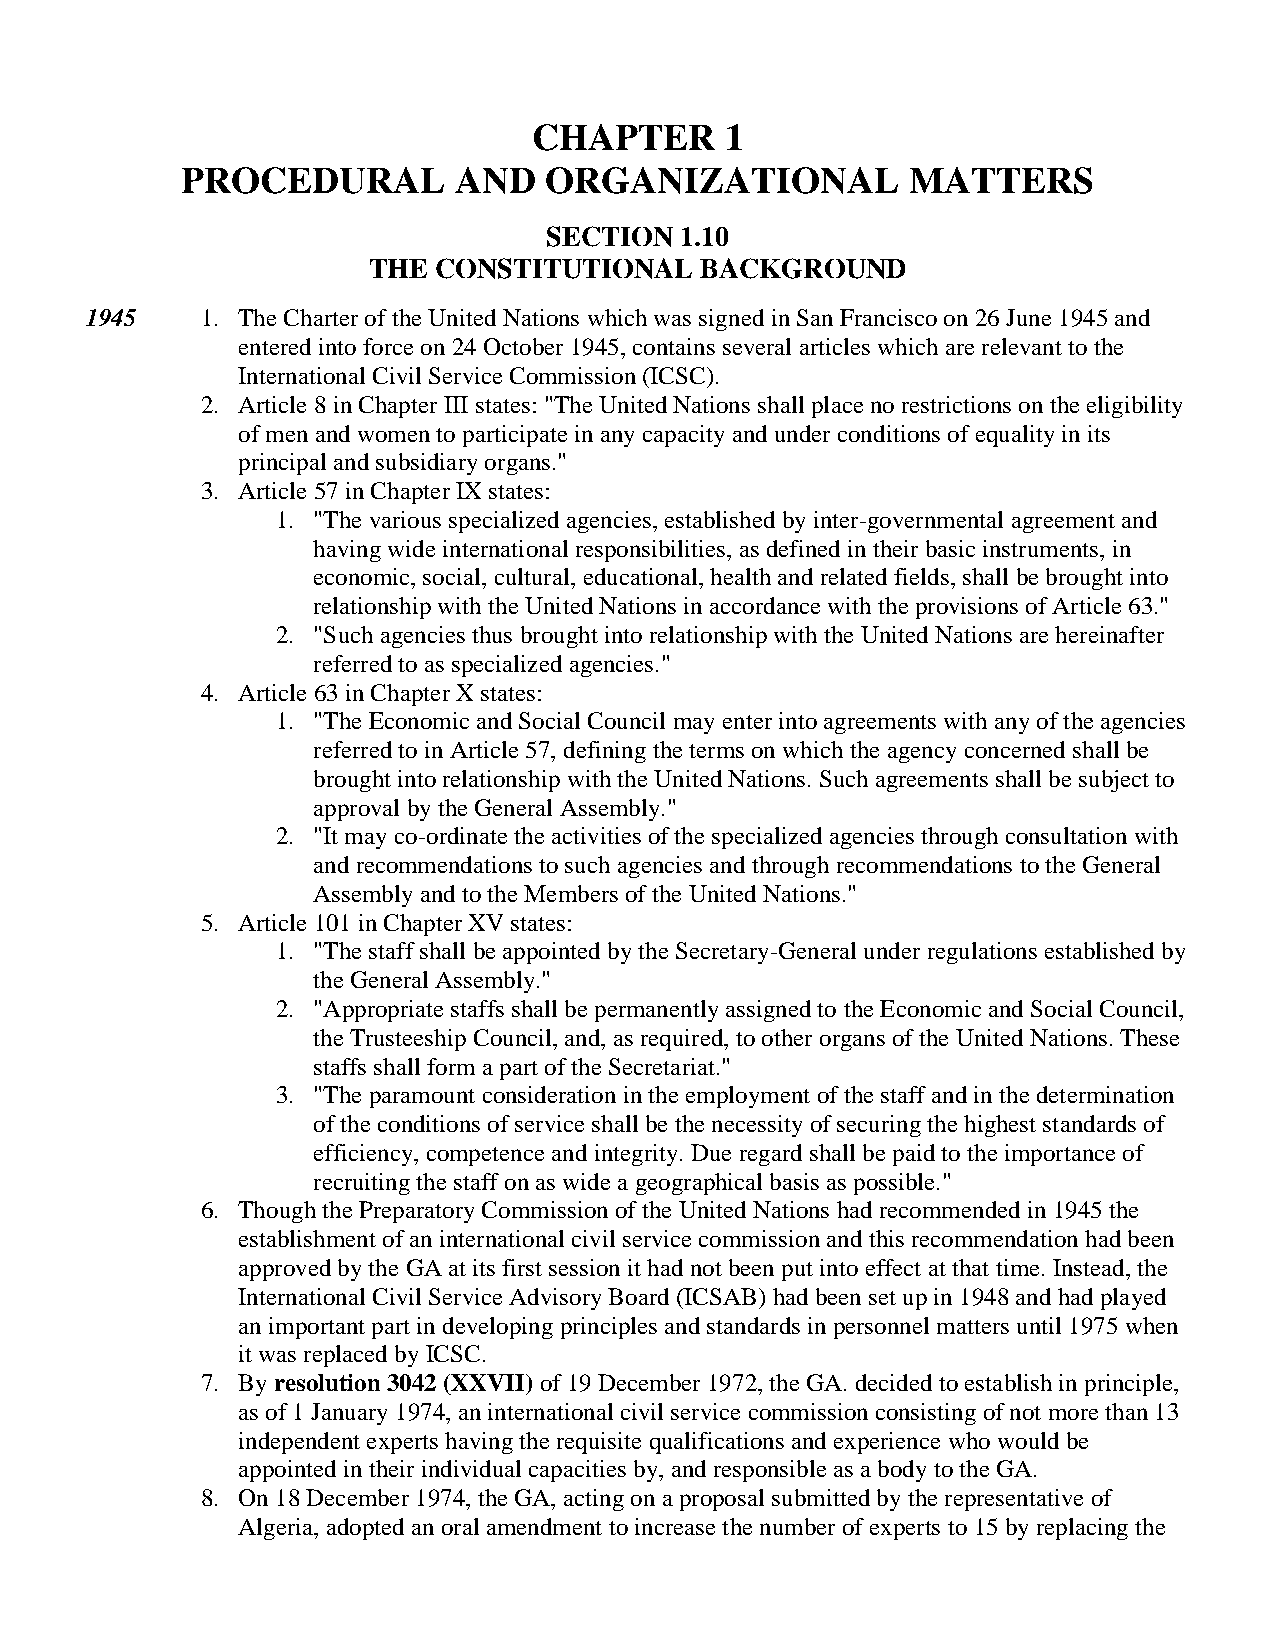
CHAPTER      1
 PROCEDURAL        AND   ORGANIZATIONAL          MATTERS
 SECTION  1.10
 THE  CONSTITUTIONAL   BACKGROUND
 1945   1. The Charter of the United Nations which was signed in San Francisco on 26 June 1945 and
 entered into force on 24 October 1945, contains several articles which are relevant to the
 International Civil Service Commission (ICSC).
 2. Article 8 in Chapter III states: "The United Nations shall place no restrictions on the eligibility
 of men and women to participate in any capacity and under conditions of equality in its
 principal and subsidiary organs."
 3. Article 57 in Chapter IX states:
 1. "The various specialized agencies, established by inter-governmental agreement and
 having wide international responsibilities, as defined in their basic instruments, in
 economic, social, cultural, educational, health and related fields, shall be brought into
 relationship with the United Nations in accordance with the provisions of Article 63."
 2. "Such agencies thus brought into relationship with the United Nations are hereinafter
 referred to as specialized agencies."
 4. Article 63 in Chapter X states:
 1. "The Economic and Social Council may enter into agreements with any of the agencies
 referred to in Article 57, defining the terms on which the agency concerned shall be
 brought into relationship with the United Nations. Such agreements shall be subject to
 approval by the General Assembly."
 2. "It may co-ordinate the activities of the specialized agencies through consultation with
 and recommendations to such agencies and through recommendations to the General
 Assembly and to the Members of the United Nations."
 5. Article 101 in Chapter XV states:
 1. "The staff shall be appointed by the Secretary-General under regulations established by
 the General Assembly."
 2. "Appropriate staffs shall be permanently assigned to the Economic and Social Council,
 the Trusteeship Council, and, as required, to other organs of the United Nations. These
 staffs shall form a part of the Secretariat."
 3. "The paramount consideration in the employment of the staff and in the determination
 of the conditions of service shall be the necessity of securing the highest standards of
 efficiency, competence and integrity. Due regard shall be paid to the importance of
 recruiting the staff on as wide a geographical basis as possible."
 6. Though the Preparatory Commission of the United Nations had recommended in 1945 the
 establishment of an international civil service commission and this recommendation had been
 approved by the GA at its first session it had not been put into effect at that time. Instead, the
 International Civil Service Advisory Board (ICSAB) had been set up in 1948 and had played
 an important part in developing principles and standards in personnel matters until 1975 when
 it was replaced by ICSC.
 7. By resolution 3042 (XXVII) of 19 December 1972, the GA. decided to establish in principle,
 as of 1 January 1974, an international civil service commission consisting of not more than 13
 independent experts having the requisite qualifications and experience who would be
 appointed in their individual capacities by, and responsible as a body to the GA.
 8. On 18 December 1974, the GA, acting on a proposal submitted by the representative of
 Algeria, adopted an oral amendment to increase the number of experts to 15 by replacing the